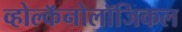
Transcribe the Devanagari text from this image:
व्होल्कॅनोलॉजिकल